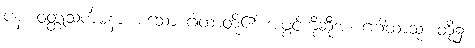
ပန၊ ဝတ္ထုသင်္ကမနာ၊ စသော ဂါထာတို့၏ အဖွင့်ကိုဆိုအံ့။ ဂဂါထာသု၊ တို့၌။